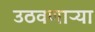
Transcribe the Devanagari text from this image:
उठवणाऱ्या